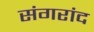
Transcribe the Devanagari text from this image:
संगरांद